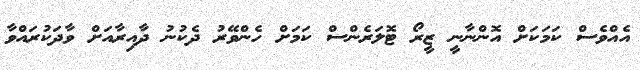
އެއްވެސް ކަމަކަށް އޮންނާނީ ޒީރޯ ޓޮލަރެންސް ކަމަށް ހެންވޭރު ދެކުނު ދާއިރާއަށް ވާދަކުރައްވާ